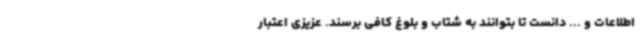
اطلاعات و ... دانست تا بتوانند به شتاب و بلوغ کافی برسند. عزیزی اعتبار